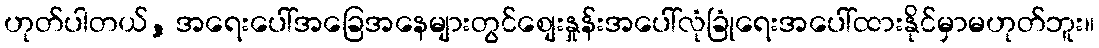
ဟုတ်ပါတယ်, အရေးပေါ်အခြေအနေများတွင်စျေးနှုန်းအပေါ်လုံခြုံရေးအပေါ်ထားနိုင်မှာမဟုတ်ဘူး။